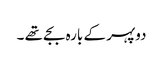
دوپہر کے بارہ بجے تھے ۔